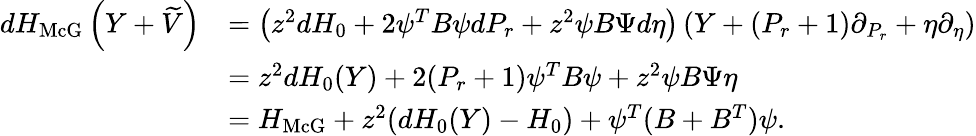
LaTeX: \begin{array}{rl}{dH_{\operatorname{McG}}\left(Y+\widetilde{V}\right)}&{=\left(z^{2}dH_{0}+2\psi^{T}B\psi dP_{r}+z^{2}\psi B\Psi d\eta\right)\left(Y+(P_{r}+1)\partial_{P_{r}}+\eta\partial_{\eta}\right)}\\ &{=z^{2}dH_{0}(Y)+2(P_{r}+1)\psi^{T}B\psi+z^{2}\psi B\Psi\eta}\\ &{=H_{\operatorname{McG}}+z^{2}(dH_{0}(Y)-H_{0})+\psi^{T}(B+B^{T})\psi.}\end{array}